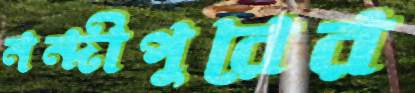
নন্দীপুরের